Medical and sanitary report of the native army of Madras for the year
Year: 1878
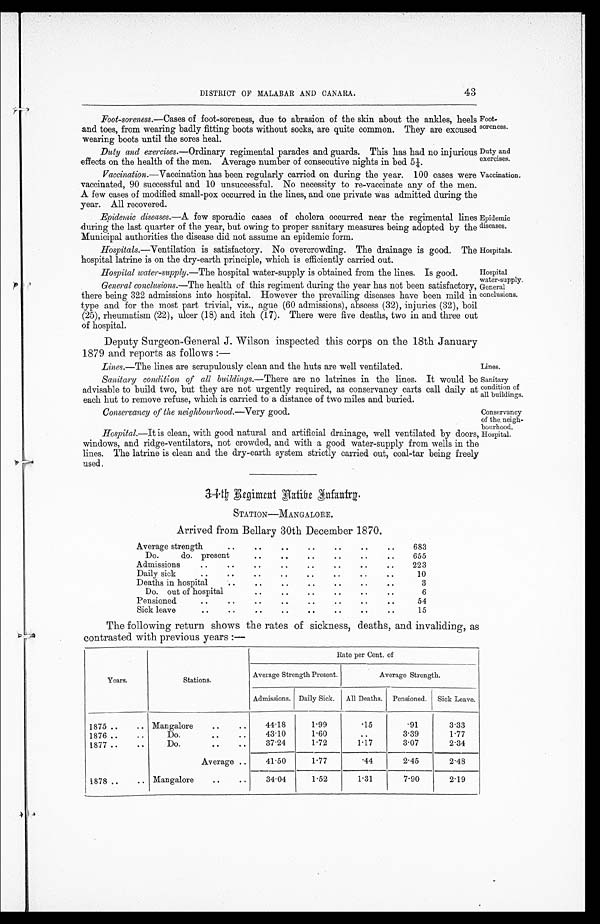
Foot-
soreness.
Duty and
exercises.
Vaccination.
Epidemic
diseases.
Hospitals.
Iospital
Water-supply
General
conclusions.
Lines.
Sanitary
condition of
all buildings.
Conservancy
of the. neigh-
bourhood.
Hospital.
DISTRICT OF MALABAR AND CANARA.
43
Foot-soreness.—Cases of foot-soreness, due to abrasion of the skin about the ankles, heels
and toes, from wearing badly fitting boots without socks, are quite common. They are excused
wearing boots until the sores heal.
Duty and exercises.—Ordinary regimental parades and guards. This has had no injurious
effects on the health of the men. Average number of consecutive nights in bed 51/4.
Vaccination.—Vaccination has been regularly carried on during the year. 100 cases were
vaccinated, 90 successful and 10 unsuccessful. No necessity to re-vaccinate any of the men.
A few cases of modified small-pox occurred in the lines, and one private was admitted during the
year. All recovered.
Epidemic diseases.—A few sporadic cases of cholera occurred near the regimental lines
during the last quarter of the year, but owing to proper sanitary measures being adopted by the
Municipal authorities the disease did not assume an epidemic form.
Hospitals.—Ventilation is satisfactory. No overcrowding. The drainage is good. The
hospital latrine is on the dry-earth principle, which is efficiently carried out.
Hospital water-supply.— The hospital water-supply is obtained from the lines. Is good.
General conclusions.—The health of this regiment during the year has not been satisfactory,
there being 322 admissions into hospital. However the prevailing diseases have been mild in
type and for the most part trivial, viz., ague (60 admissions), abscess (32), injuries (32), boil
(25), rheumatism (22), ulcer (18) and itch (17). There were five deaths, two in and three out
of hospital.
Deputy Surgeon-General J. Wilson inspected this corps on the 18th January
1879 and reports as follows
: —
Lines.—The lines are scrupulously clean and the huts are well ventilated.
Sanitary condition of all buildings.— There are no latrines in the lines. It would be
advisable to build two, but they are not urgently required, as conservancy carts call daily at
each hut to remove refuse, which is carried to a distance of two miles and buried.
Conservancy of the neighbourhood.— Very good.
Hospital.—It is clean, with good natural and artificial drainage, well ventilated by doors,
windows, and ridge-ventilators, not crowded, and with a good water-supply from wells in the
lines. The latrine is clean and the dry-earth system strictly carried out, coal-tar being freely
used.
34th Regiment Native Infantry
STATION—MANGALORE.
Arrived from Bellary 30th December 1870.
Average strength
. .
. .
. .
. .
. .
. .
. .
683
Do.
do. present
. .
. .
. .
. . . .
. .
655
Admissions
. .
. .
..
. .
..
. .
. . ..
223
Daily sick
..
..
..
. .
. . ..
..
..
10
Deaths in hospital
..
..
..
..
. .
. .
. .
3
Do. out of hospital
. .
. .
. . ..
..
..
6
Pensioned
. .
. .
. .
. .
. .
. .
. .
. .
54
Sick leave
. . ..
. .
. .
. .
. .
. . ..
15
The following return shows the rates of sickness, deaths, and invaliding, as
contrasted with previous years :—
Years.
Stations.
Rate per Cent. of
Average Strength Present.
Average Strength.
Admissions. Daily Sick. All Deaths. Pensioned. Sick Leave.
1875 ..
.. Mangalore
..
..
44.18
1.99
.15
.91
3.33
1876 ..
. .
Do.
. .
. . 43.10
1.60
. .
3.39
1.77
1877 ..
..
Do.
. .
. .
37.24
1.72
1.17
3.07
2.34
Average ..
41.50
1.77
.44
2.45
2.48
1878 ..
. . Mangalore
..
. . 34.04
1.52
1.31
7.90
2.19